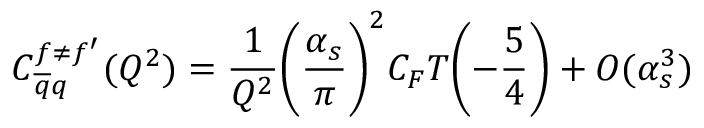
C _ { \overline { { { q } } } q } ^ { f \neq f ^ { \prime } } ( Q ^ { 2 } ) = \frac { 1 } { Q ^ { 2 } } \biggl ( \frac { \alpha _ { s } } { \pi } \biggr ) ^ { 2 } C _ { F } T \biggl ( - \frac { 5 } { 4 } \biggr ) + O ( \alpha _ { s } ^ { 3 } )